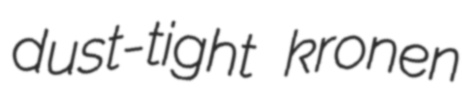
dust-tight kronen